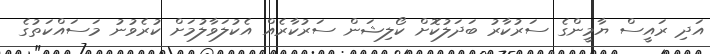
އަދި ރައީސް ޔާމީންގެ ސަރުކާރު ބަދަލުކޮށް ކޯލިޝަން ސަރުކާރެއް އެކުލަވާލުމަށް ކުރެވުނު މަސައްކަތުގެ